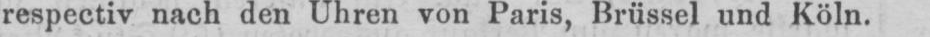
respectiv nach den Uhren von Paris, Brüssel und Köln.